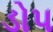
ડોપ